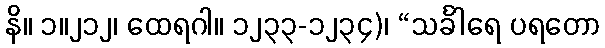
နိ။ ၁။၂၁၂၊ ထေရဂါ။ ၁၂၃၃-၁၂၃၄)၊ “သင်္ခါရေ ပရတော